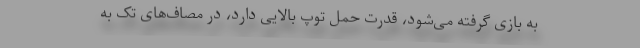
به بازی گرفته می‌شود، قدرت حمل توپ بالایی دارد، در مصاف‌های تک به